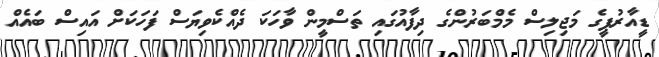
ޑީއާރުޕީގެ މަޖިލިސް މެމްބަރުންގެ ދިފާއުގައި ތަސްމީން ވާހަކަ ދެއްކެވިޔަސް ފަހަކަށް އައިސް ބައެއް